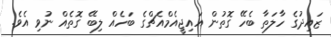
ޒައިދުގެ ހާލަތާ ބެހޭ ގޮތުން އައިޖީއެމްއެޗްގެ ބަހެއް ލިބޭ ގޮތެއް ނުވި އެވެ.